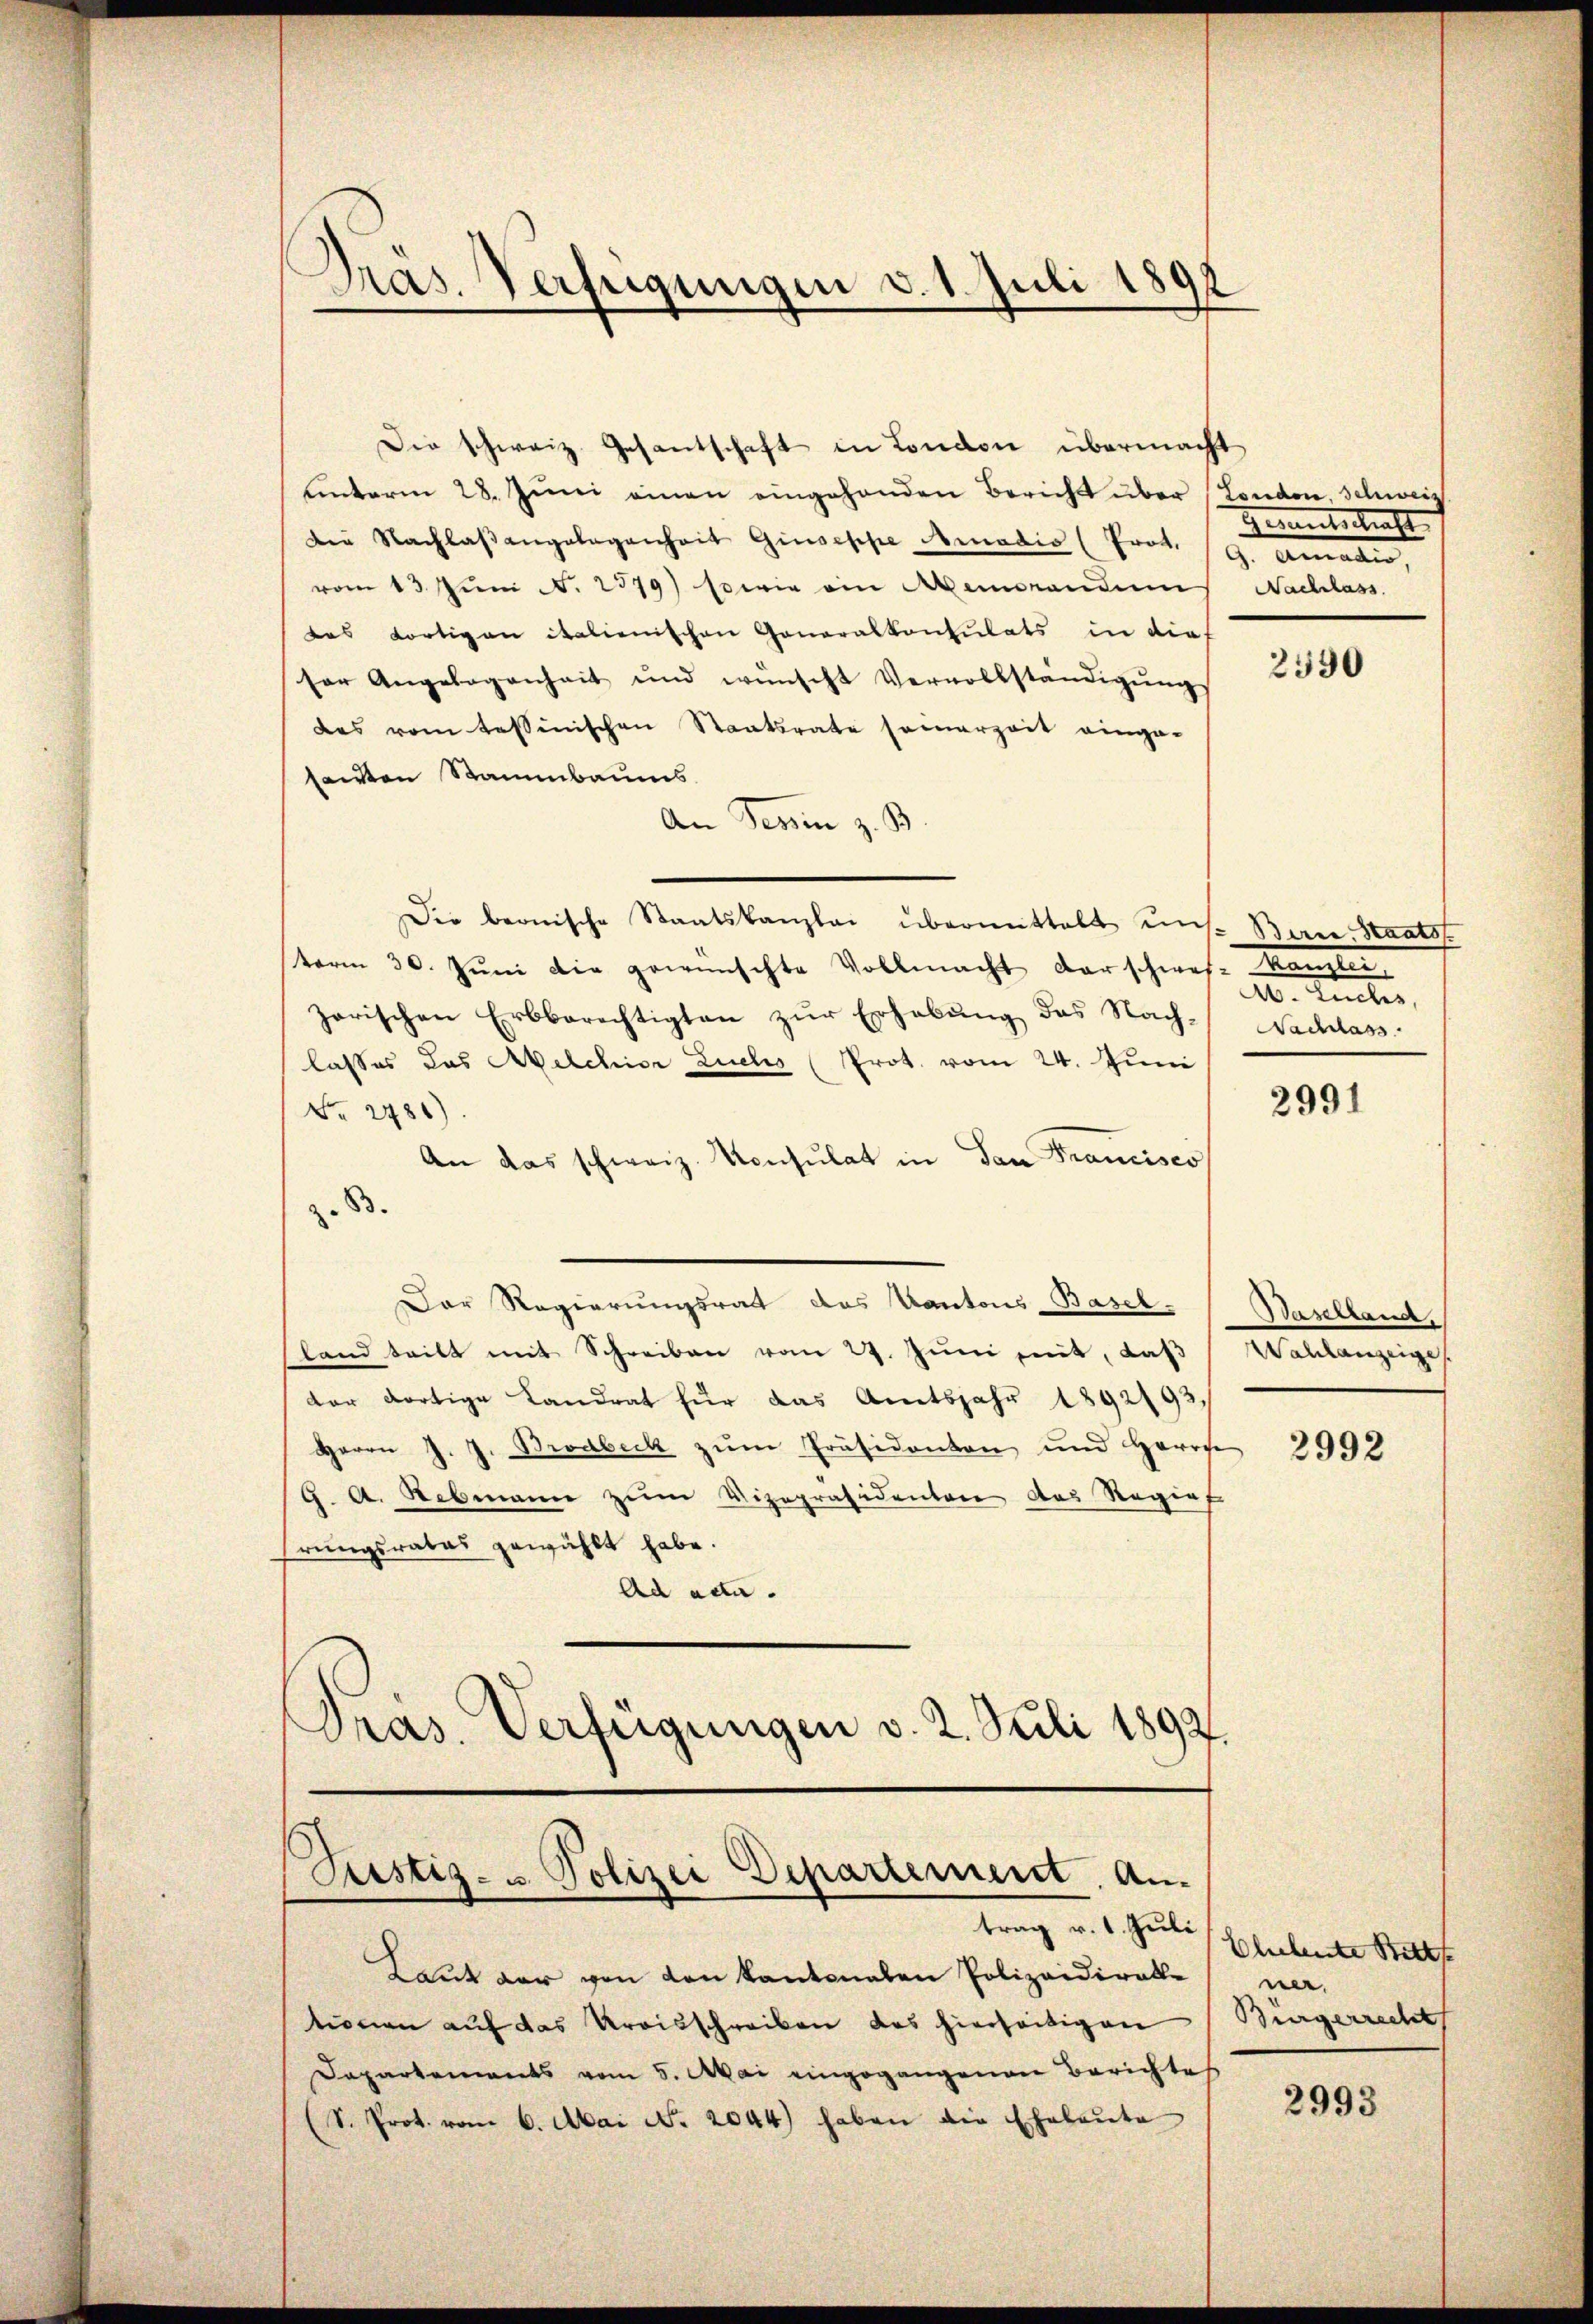
Dras. Verfügungen d. 1. Juli 181

Die schweiz. Gesantschaft in London übermacht
ŭnterm 28. Jŭni einen eingehenden Bericht über London, Schweiz
die Nachlaβangelegenheit Giuseppe Amadio (Prot. 19. Amadio
vom 13. Jŭni N. 2579) sowie ein Memorandum Nachlass
das dortigen italienischen Generalkonsulats in dies
ser Angelegenheit und wünscht Vervollständigŭng
des vom tessinischen Staatsrate seinerzeit einge-
santen Stammbaums
An Tessin z. B.
Die beonische Staatskanzlei übermittelt uns. Bern, Staatss
term 30. Jŭni die gewünschte Vollmacht darschwes-Kanzlei,
zerischen Erbberechtigten zŭr Erhebung des Nach- Nachlass
lasses das Melchior Zieles (Prot. vom 24. Juni
Nr. 2481)
An das schweiz. Konsulat in San Francisco
z
Der Regierungsrath des Kantons Basel. Baselland,
land teilt mit Schreiben vom 27. Jŭni mit, daβ Wahlanzeiges
der dortige Landrat für das Amtsjahr 1892/93,
Herrn J. J. Brodbeck zum Präsidenten und Herrs
G. A. Rebmann zum Vizepräsidenten das Regie
hrungsrates gewählt habe.
Ad ada.
Pras. Verfügungen v. 2. Juli 1892.

Justiz- & Polizei Departement. An¬

trag v. 1. Juli
Laut der von den kantonalen Polizeidirate
tionen auf das Kreisschreiben das hierseitigen
Dapartements vom 5. Mai eingegangenen Berichtes
(S. Prot. vom 6. Mai No. 2044) haben die Ehebaŭte

Geranteskraft

2590

A. Luches,

2991

2992

Ehehente Bitt
ner.
Bürgerrecht

2993